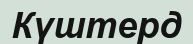
Күштерд